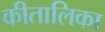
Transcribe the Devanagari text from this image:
कीतालिका